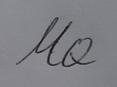
Signature authenticity: forged